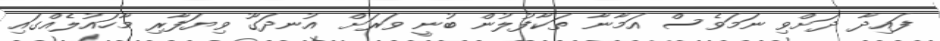
ފައިދާ ދަށްވި ނަމަވެސް އަމާނާ ތަކާފުލުން ބުނީ ވަރަށް އުނދަގޫ ވިޔަފާރި މާހައުލެއްގައި